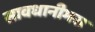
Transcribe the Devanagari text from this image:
सावधानीभरा